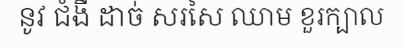
នូវ ជំងឺ ដាច់ សរសៃ ឈាម ខួរក្បាល